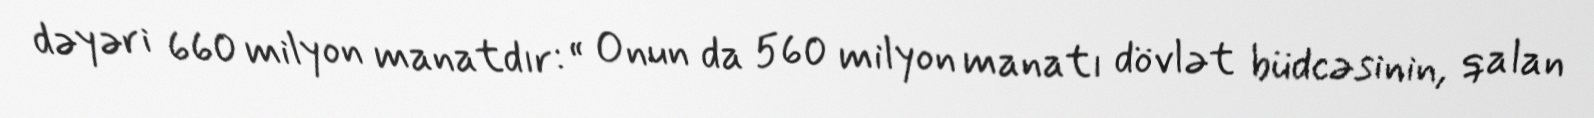
dəyəri 660 milyon manatdır: “ Onun da 560 milyon manatı dövlət büdcəsinin, qalan